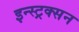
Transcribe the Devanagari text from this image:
इन्स्ट्रक्सन